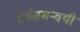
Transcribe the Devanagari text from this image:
सर्वसमन्‍वयी